Vaccination United Provinces of Agra and Oudh 1914-1922 - 1914-1922
Year: 1914
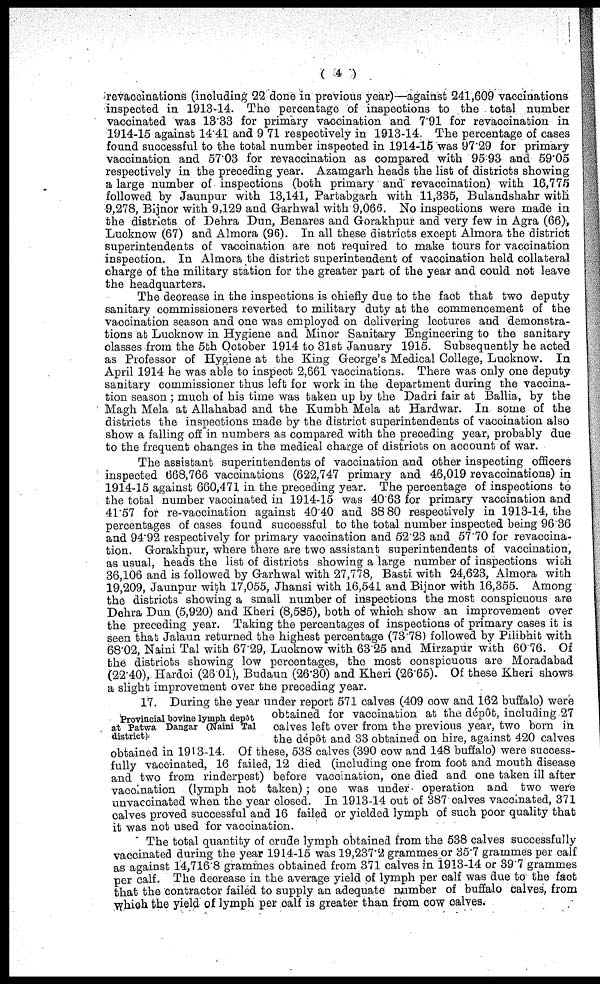
( 4 )
revaccinations (including 22 done in previous year)—against 241,609 vaccinations
inspected in 1913-14. The percentage of inspections to the total number
vaccinated was 13.33 for primary vaccination and 7.91 for revaccinabion in
1914-15 against 1441 and 9 71 respectively in 1913-14. The percentage of cases
found succe ssful to the total number inspected in 1914-15 was 97.29 for primary
vaccination and 57.03 for revaccination as compared with 95:93 and 59.05
respectively in the preceding year. Azamgarh heads the list of districts showing
a large number of inspections (both primary and revaccination) with 16,775
followed by Jaunpur with 13,141, Partabgarh with 11,335, Bulandshahr with
9,278, Bijnor with 9,129 and Garhwal with 9,066. No inspections were made in
the districts of Dehra Dun, Benares and Gorakhpur and very few in Agra (66),
Lucknow (67) and Almora (96). In all these districts except Almora the district
superintendents of vaccination are not required to make tours for vaccination
inspection. In Almora the district superintendent of vaccination held collateral
charge of the military station for the greater part of the year and could not leave
the headquarters.
The decrease in the inspections is chiefly due to the fact that two deputy
sanitary commissioners reverted to military duty at the commencement of the
vaccination season and one was employed on delivering lectures and demonstra-
tions at Lucknow in Hygiene and Minor Sanitary Engineering to the sanitary
classes from the 5th October 1914 to 31st January 1915. Subsequently he acted
as Professor of Hygiene at the King George's Medical College, Lucknow. In
April 1914 he was able to inspect 2,661 vaccinations. There was only one deputy
sanitary commissioner thus left for work in the department during the vaccina-
tion season ; much of his time was taken up by the Dadri fair at Ballia, by the
Magh Mela at Allahabad and the Kumbh Mela at Hardwar. In some of the
districts the inspections made by the district superintendents of vaccination also
show a falling off in numbers as compared with the preceding year, probably due
to the frequent changes in the medical charge of districts on account of war.
The assistant superintendents of vaccination and other inspecting officers
inspected 668,766 vaccinations (622,747 primary and 46,019 revaccinations) in
1914-15 against 660,471 in the preceding year. The percentage of inspections to
the total number vaccinated in 1914-15 was 40.63 for primary vaccination and
41.57 for re-vaccination against 40.40 and 38.80 respectively in 1913-14, the
percentages of cases found successful to the total number inspected being 96.36
and 94.92 respectively for primary vaccination and 52.23 and 57.70 for revaccina¬
tion. Gorakhpur, where there are two assistant superintendents of vaccination,
as usual, heads the list of districts showing a large number of inspections wish
36,106 and is followed by Garhwal with 27,778, Basti with 24,623, Almora with
19,209, Jaunpur with 17,055, Jhansi with 16,541 and Bijnor with 16,355. Among
the districts showing a small number of inspections the most conspicuous are
Dehra Dun (5,920) and Kheri (8,585), both of which show an improvement over
the preceding year. Taking the percentages of inspections of primary cases it is
seen that Jalaun returned the highest percentage (73.78) followed by Pilibhit with
68.02, Naini Tal with 67.29, Lucknow with 63.25 and Mirzapur with 60.76. Of
the districts showing low percentages, the most conspicuous are Moradabad
(22.40), Hardoi (26.01), Budaun (26.30) and Kheri (26.65). Of these Kheri shows
a slight improvement over the preceding year.
Provincial bovine lymph depôt
at Patwa Dangar (Naini Tal
district).
17. During the year under report 571 calves (409 cow and 162 buffalo) were
obtained for vaccination at the dépôt, including 27
calves left over from the previous year, two born in
the dépôt and 33 obtained on hire, against 420 calves
obtained in 1913-14. Of these, 538 calves (390 cow and 148 buffalo) were success-
fully vaccinated, 16 failed, 12 died (including one from foot and mouth disease
and two from rinderpest) before vaccination, one died and one taken ill after
vaccination (lymph not taken) ; one was under operation and two were
unvaccinated when the year closed. In 1913-14 out of 387 calves vaccinated, 371
calves proved successful and 16 failed or yielded lymph of such poor quality that
it was not used for vaccination.
The total quantity of crude lymph obtained from the 538 calves successfully
vaccinated during the year 1914-15 was 19,237.2 grammes or 35.7 grammes per calf
as against 14,716 8 grammes obtained from 371 calves in 1913-14 or 39.7 grammes
per calf. The decrease in the average yield of lymph per calf was due to the fact
that the contractor failed to supply an adequate number of buffalo calves, from
which the yield of lymph per calf is greater than from cow calves.